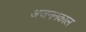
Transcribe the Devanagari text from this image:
अजननकाल